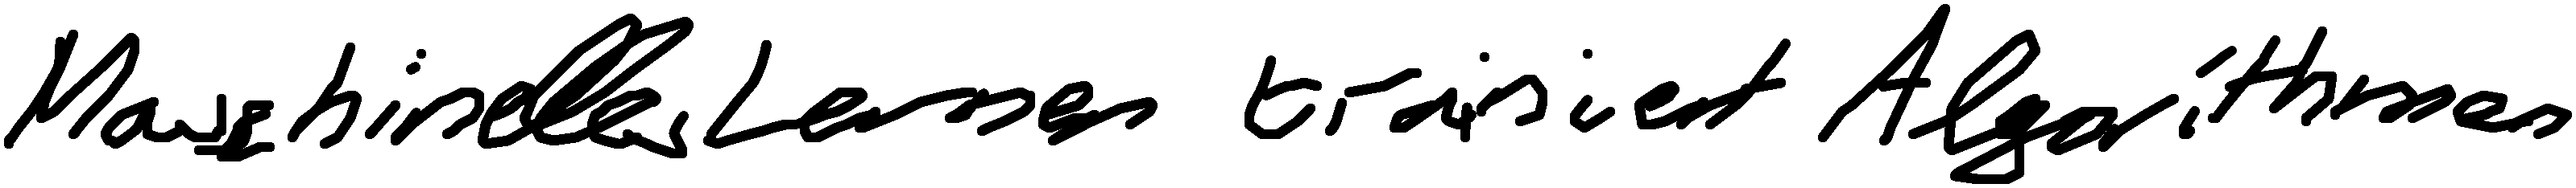
Maschinelles Lernen trainiert Algorithmen.